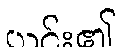
ယင်း၏